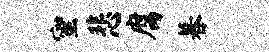
蜜悲腐暮